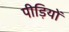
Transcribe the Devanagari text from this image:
पीड़ियों